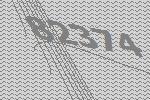
82374